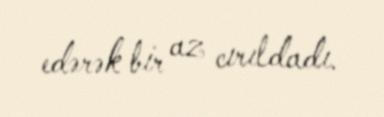
edərək bir az cırıldadı.